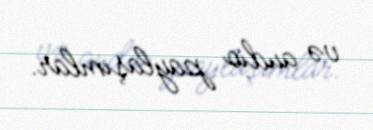
və audio paylaşımlar.